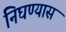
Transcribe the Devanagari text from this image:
निघण्यास